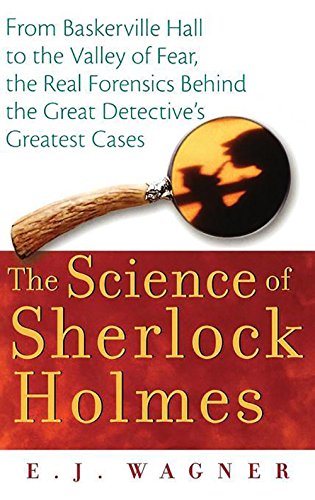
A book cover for The Science of Sherlock Holmes: From Baskerville Hall to the Valley of Fear, the Real Forensics Behind the Great Detective's Greatest Cases; E.  J. Wagner; Mystery, Thriller & Suspense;